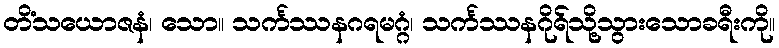
တိံသယောဇနံ၊ သော။ သင်္ကဿနဂရမဂ္ဂံ၊ သင်္ကဿနဂိုရ်သို့သွားသောခရီးကို။